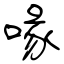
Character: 喙